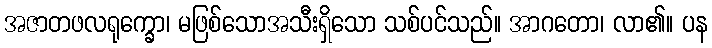
အဇာတဖလရုက္ခော၊ မဖြစ်သောအသီးရှိသော သစ်ပင်သည်။ အာဂတော၊ လာ၏။ ပန